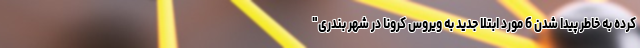
کرده به خاطر پیدا شدن 6 مورد ابتلا جدید به ویروس کرونا در شهر بندری"